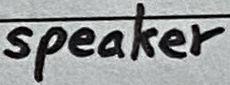
Text: speaker